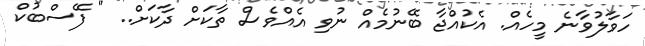
ހަވާލުވާނެ މީހެެއް. އެކުއްޖާ ބޭނުމެއް ނުވި އެއްވެސް ތާކަށް ދާކަށް.. " ފޭސްބުކް